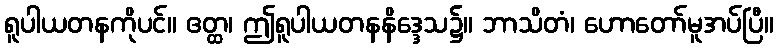
ရူပါယတနကိုပင်။ ဧတ္ထ၊ ဤရူပါယတနနိဒ္ဒေသ၌။ ဘာသိတံ၊ ဟောတော်မူအပ်ပြီ။